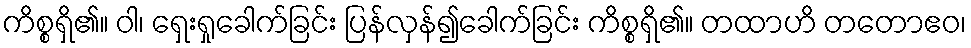
ကိစ္စရှိ၏။ ဝါ၊ ရှေးရှုခေါက်ခြင်း ပြန်လှန်၍ခေါက်ခြင်း ကိစ္စရှိ၏။ တထာဟိ တတောဧဝ၊